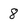
Character: 8